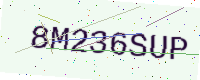
Text: 8M236SUP